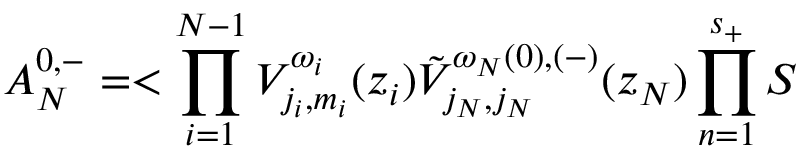
{ \cal A } _ { N } ^ { 0 , - } = < \prod _ { i = 1 } ^ { N - 1 } { V } _ { j _ { i } , m _ { i } } ^ { \omega _ { i } } ( z _ { i } ) \tilde { V } _ { j _ { N } , j _ { N } } ^ { \omega _ { N } ( 0 ) , ( - ) } ( z _ { N } ) \prod _ { n = 1 } ^ { s _ { + } } { \cal S }